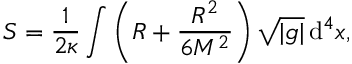
S = { \frac { 1 } { 2 \kappa } } \int \left( R + { \frac { R ^ { 2 } } { 6 M ^ { 2 } } } \right) { \sqrt { \vert g \vert } } \, \mathrm { d } ^ { 4 } x ,